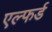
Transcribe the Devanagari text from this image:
एल्फर्ड